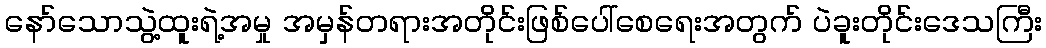
နော်သောသွဲ့ထူးရဲ့အမှု အမှန်တရားအတိုင်းဖြစ်ပေါ်စေရေးအတွက် ပဲခူးတိုင်းဒေသကြီး